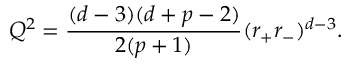
Q ^ { 2 } = \frac { ( d - 3 ) ( d + p - 2 ) } { 2 ( p + 1 ) } ( r _ { + } r _ { - } ) ^ { d - 3 } .